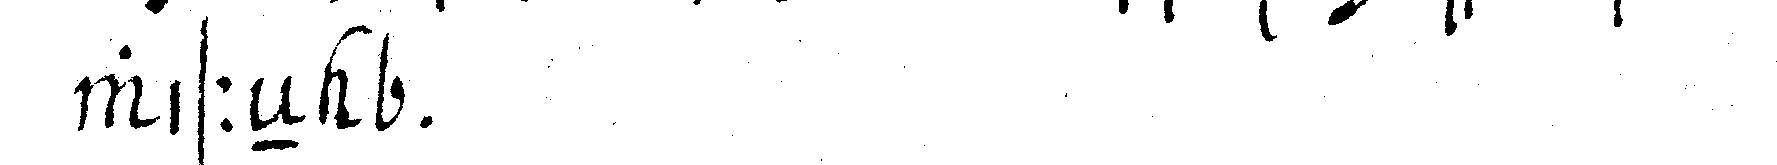
wisseN  .